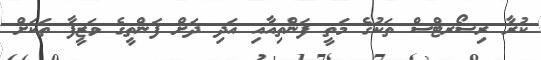
ކުރާ ރިސޯރޓްސް ތަކުގެ މަތީ ފަންތިއާއި އަދި ދަށް ފަންތީގެ ވަޒީފާ ތަކަށް